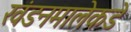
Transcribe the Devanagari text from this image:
खंडनमालेकडे